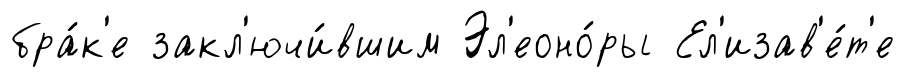
бра́к'е закл'ючи́вшим Эл'еоно́ры Ел'изав'е́т'е